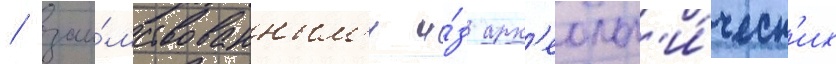
/ заи́мствованным'и и́з арх'еолог'и́ческ'их